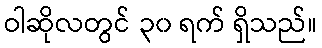
ဝါဆိုလတွင် ၃၀ ရက် ရှိသည်။